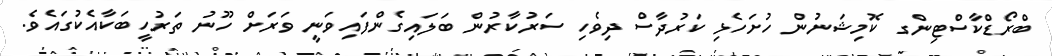
ބްރޯޑްކާސްޓިންގ ކޮމިޝަނުން ހުށަހެޅި ކަރުދާސް ދިވެހި ސަރުކާރުން ބަލައިގެންފައިވަނީ ވަރަށް ހޫނު ތަރުހީބަކާއެކުގައެވެ.